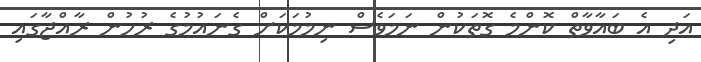
އަދި އެ ބަޣާވާތް ކޮންމެ ގޮތަކުން ނަމަވެސް ނިމުމަކަށް ގެނައުމުގެ ރުހުން ރާއްޖާގައި